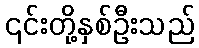
၎င်းတို့နှစ်ဦးသည်